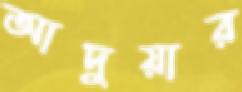
আদুয়ার